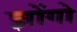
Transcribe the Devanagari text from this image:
झोंगो